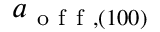
a _ { \mathrm { ~ o ~ f ~ f ~ } , ( 1 0 0 ) }